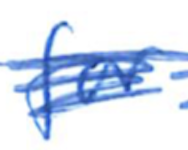
Text: for
Cross-out: scratch
Writing tool: ballpoint